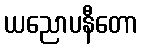
ယညောပနီတော